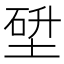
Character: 𡎂